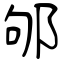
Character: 邭